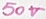
Text: 50V